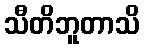
သီတိဘူတာသိ